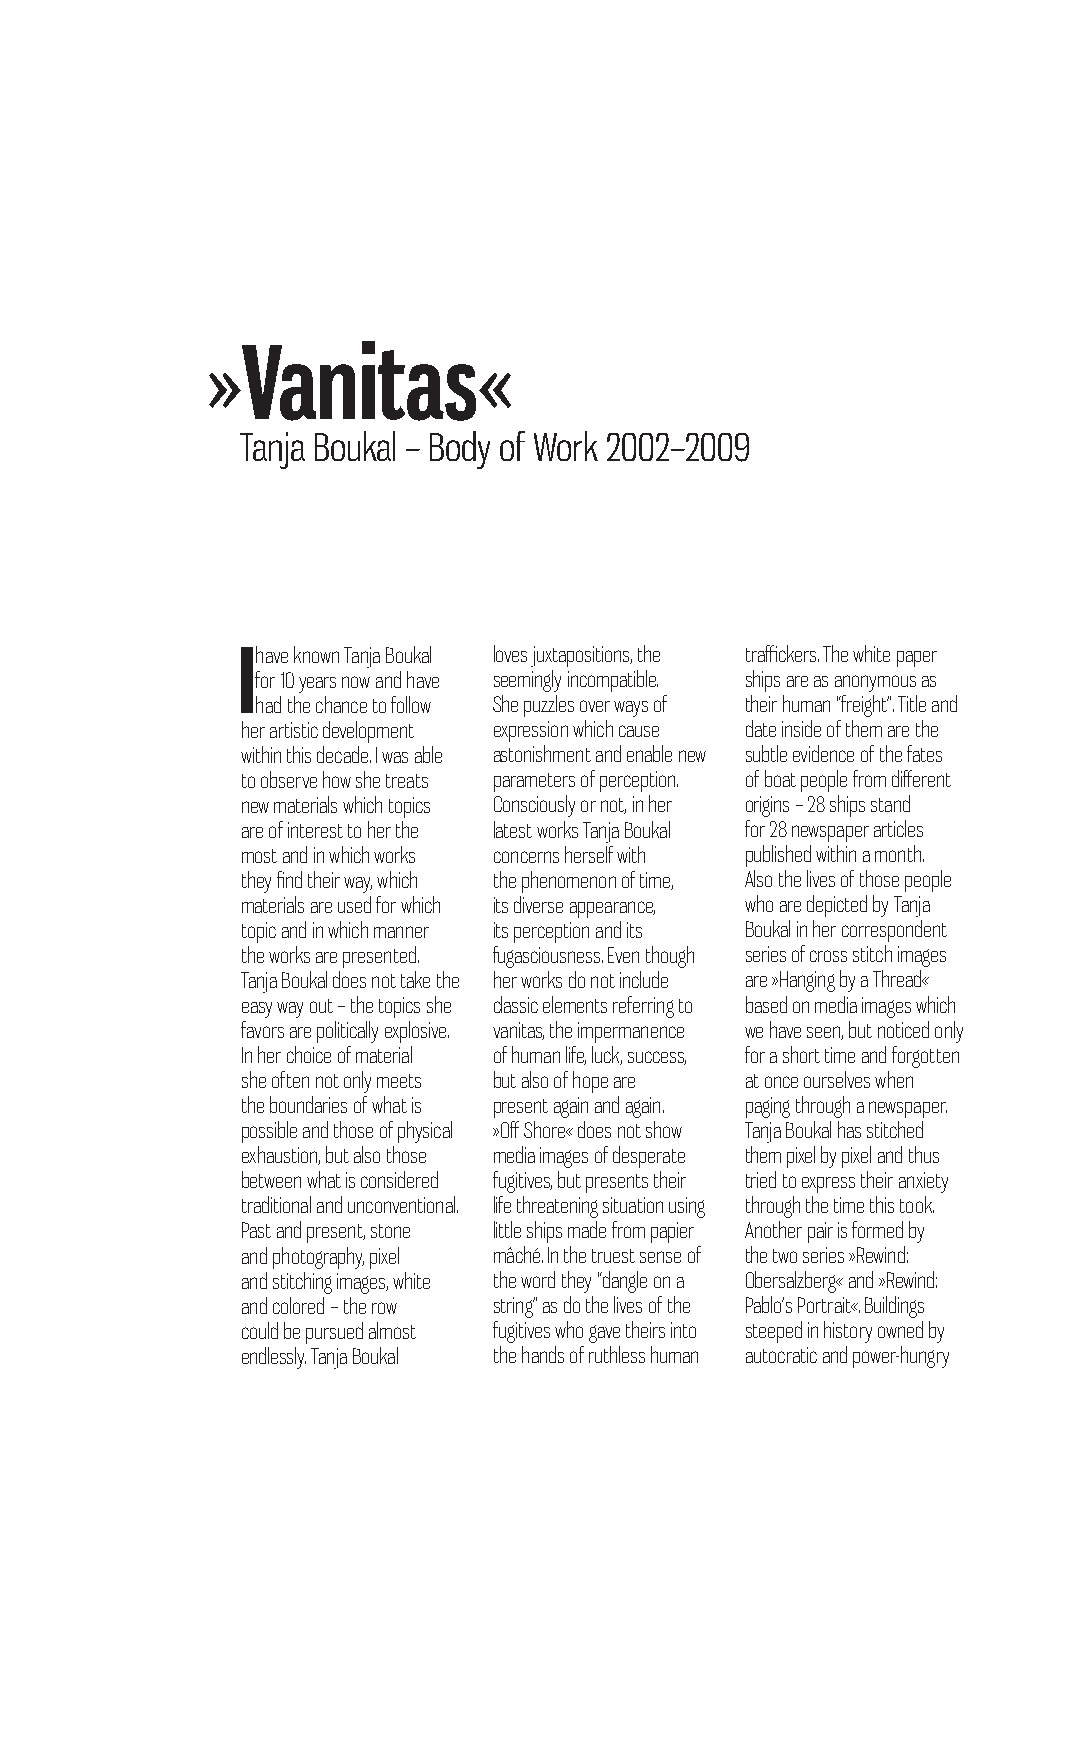
»Vanitas«
 Tanja Boukal – Body of Work 2002–2009
 Ih ave known Tanja Boukal loves juxtapositions, the traffickers. The white paper
 for 10 years now and have seemingly incompatible. ships are as anonymous as
 had the chance to follow She puzzles over ways of their human “freight”. Title and
 her artistic development expression which cause date inside of them are the
 within this decade. I was able astonishment and enable new subtle evidence of the fates
 to observe how she treats parameters of perception. of boat people from different
 new materials which topics Consciously or not, in her origins – 28 ships stand
 are of interest to her the latest works Tanja Boukal for 28 newspaper articles
 most and in which works concerns herself with published within a month.
 they find their way, which the phenomenon of time, Also the lives of those people
 materials are used for which its diverse appearance, who are depicted by Tanja
 topic and in which manner its perception and its Boukal in her correspondent
 the works are presented. fugasciousness. Even though series of cross stitch images
 Tanja Boukal does not take the her works do not include are »Hanging by a Thread«
 easy way out – the topics she classic elements referring to based on media images which
 favors are politically explosive. vanitas, the impermanence we have seen, but noticed only
 In her choice of material of human life, luck, success, for a short time and forgotten
 she often not only meets but also of hope are at once ourselves when
 the boundaries of what is present again and again. paging through a newspaper.
 possible and those of physical »Off Shore« does not show Tanja Boukal has stitched
 exhaustion, but also those media images of desperate them pixel by pixel and thus
 between what is considered fugitives, but presents their tried to express their anxiety
 traditional and unconventional. life threatening situation using through the time this took.
 Past and present, stone little ships made from papier Another pair is formed by
 and photography, pixel mâché. In the truest sense of the two series »Rewind:
 and stitching images, white the word they “dangle on a Obersalzberg« and »Rewind:
 and colored – the row string” as do the lives of the Pablo’s Portrait«. Buildings
 could be pursued almost fugitives who gave theirs into steeped in history owned by
 endlessly. Tanja Boukal the hands of ruthless human autocratic and power-hungry